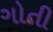
ગોતી